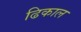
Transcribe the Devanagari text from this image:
ढिकाल